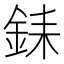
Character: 銇